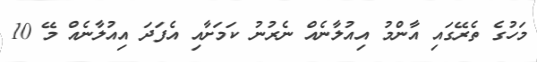
މަހުގެ ތެރޭގައި އާންމު އިއުލާނެއް ނެރުނު ކަމަށާއި އެފަދަ އިއުލާނެއް މޭ 10